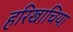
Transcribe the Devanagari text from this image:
हरिखाचिया